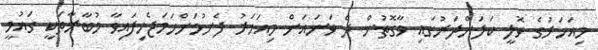
މިއަހަރުގެ ވޮލީ ކަލަންދަރުގައި ވާގޮތުން ދެ ވަނައަށް މިއަހަރު ފެށުމަށްހަމަޖެހިފައިވާ މުބާރާތަކީ ގައުމީ